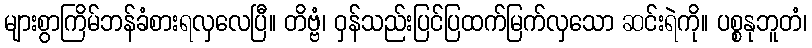
များစွာကြိမ်ဘန်ခံစားရလှလေပြီ။ တိဗ္ဗံ၊ ဝှန်သည်းပြင်ပြထက်မြက်လှသော ဆင်းရဲကို။ ပစ္စနုဘူတံ၊